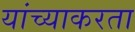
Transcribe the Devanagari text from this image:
यांच्याकरता